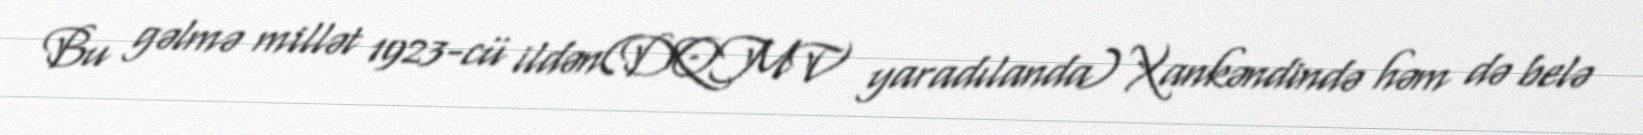
Bu gəlmə millət 1923-cü ildən(DQMV yaradılanda) Xankəndində həm də belə